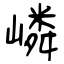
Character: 嶙